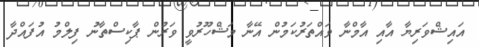
އައިޝްވަރިޔާ އާއި އާމްނާ ވައްތަރުކަމުން އޭނާ މަޝްހޫރުވީ ވަރުން ޕާކިސްތާނު ފިލްމު އުފައްދާ